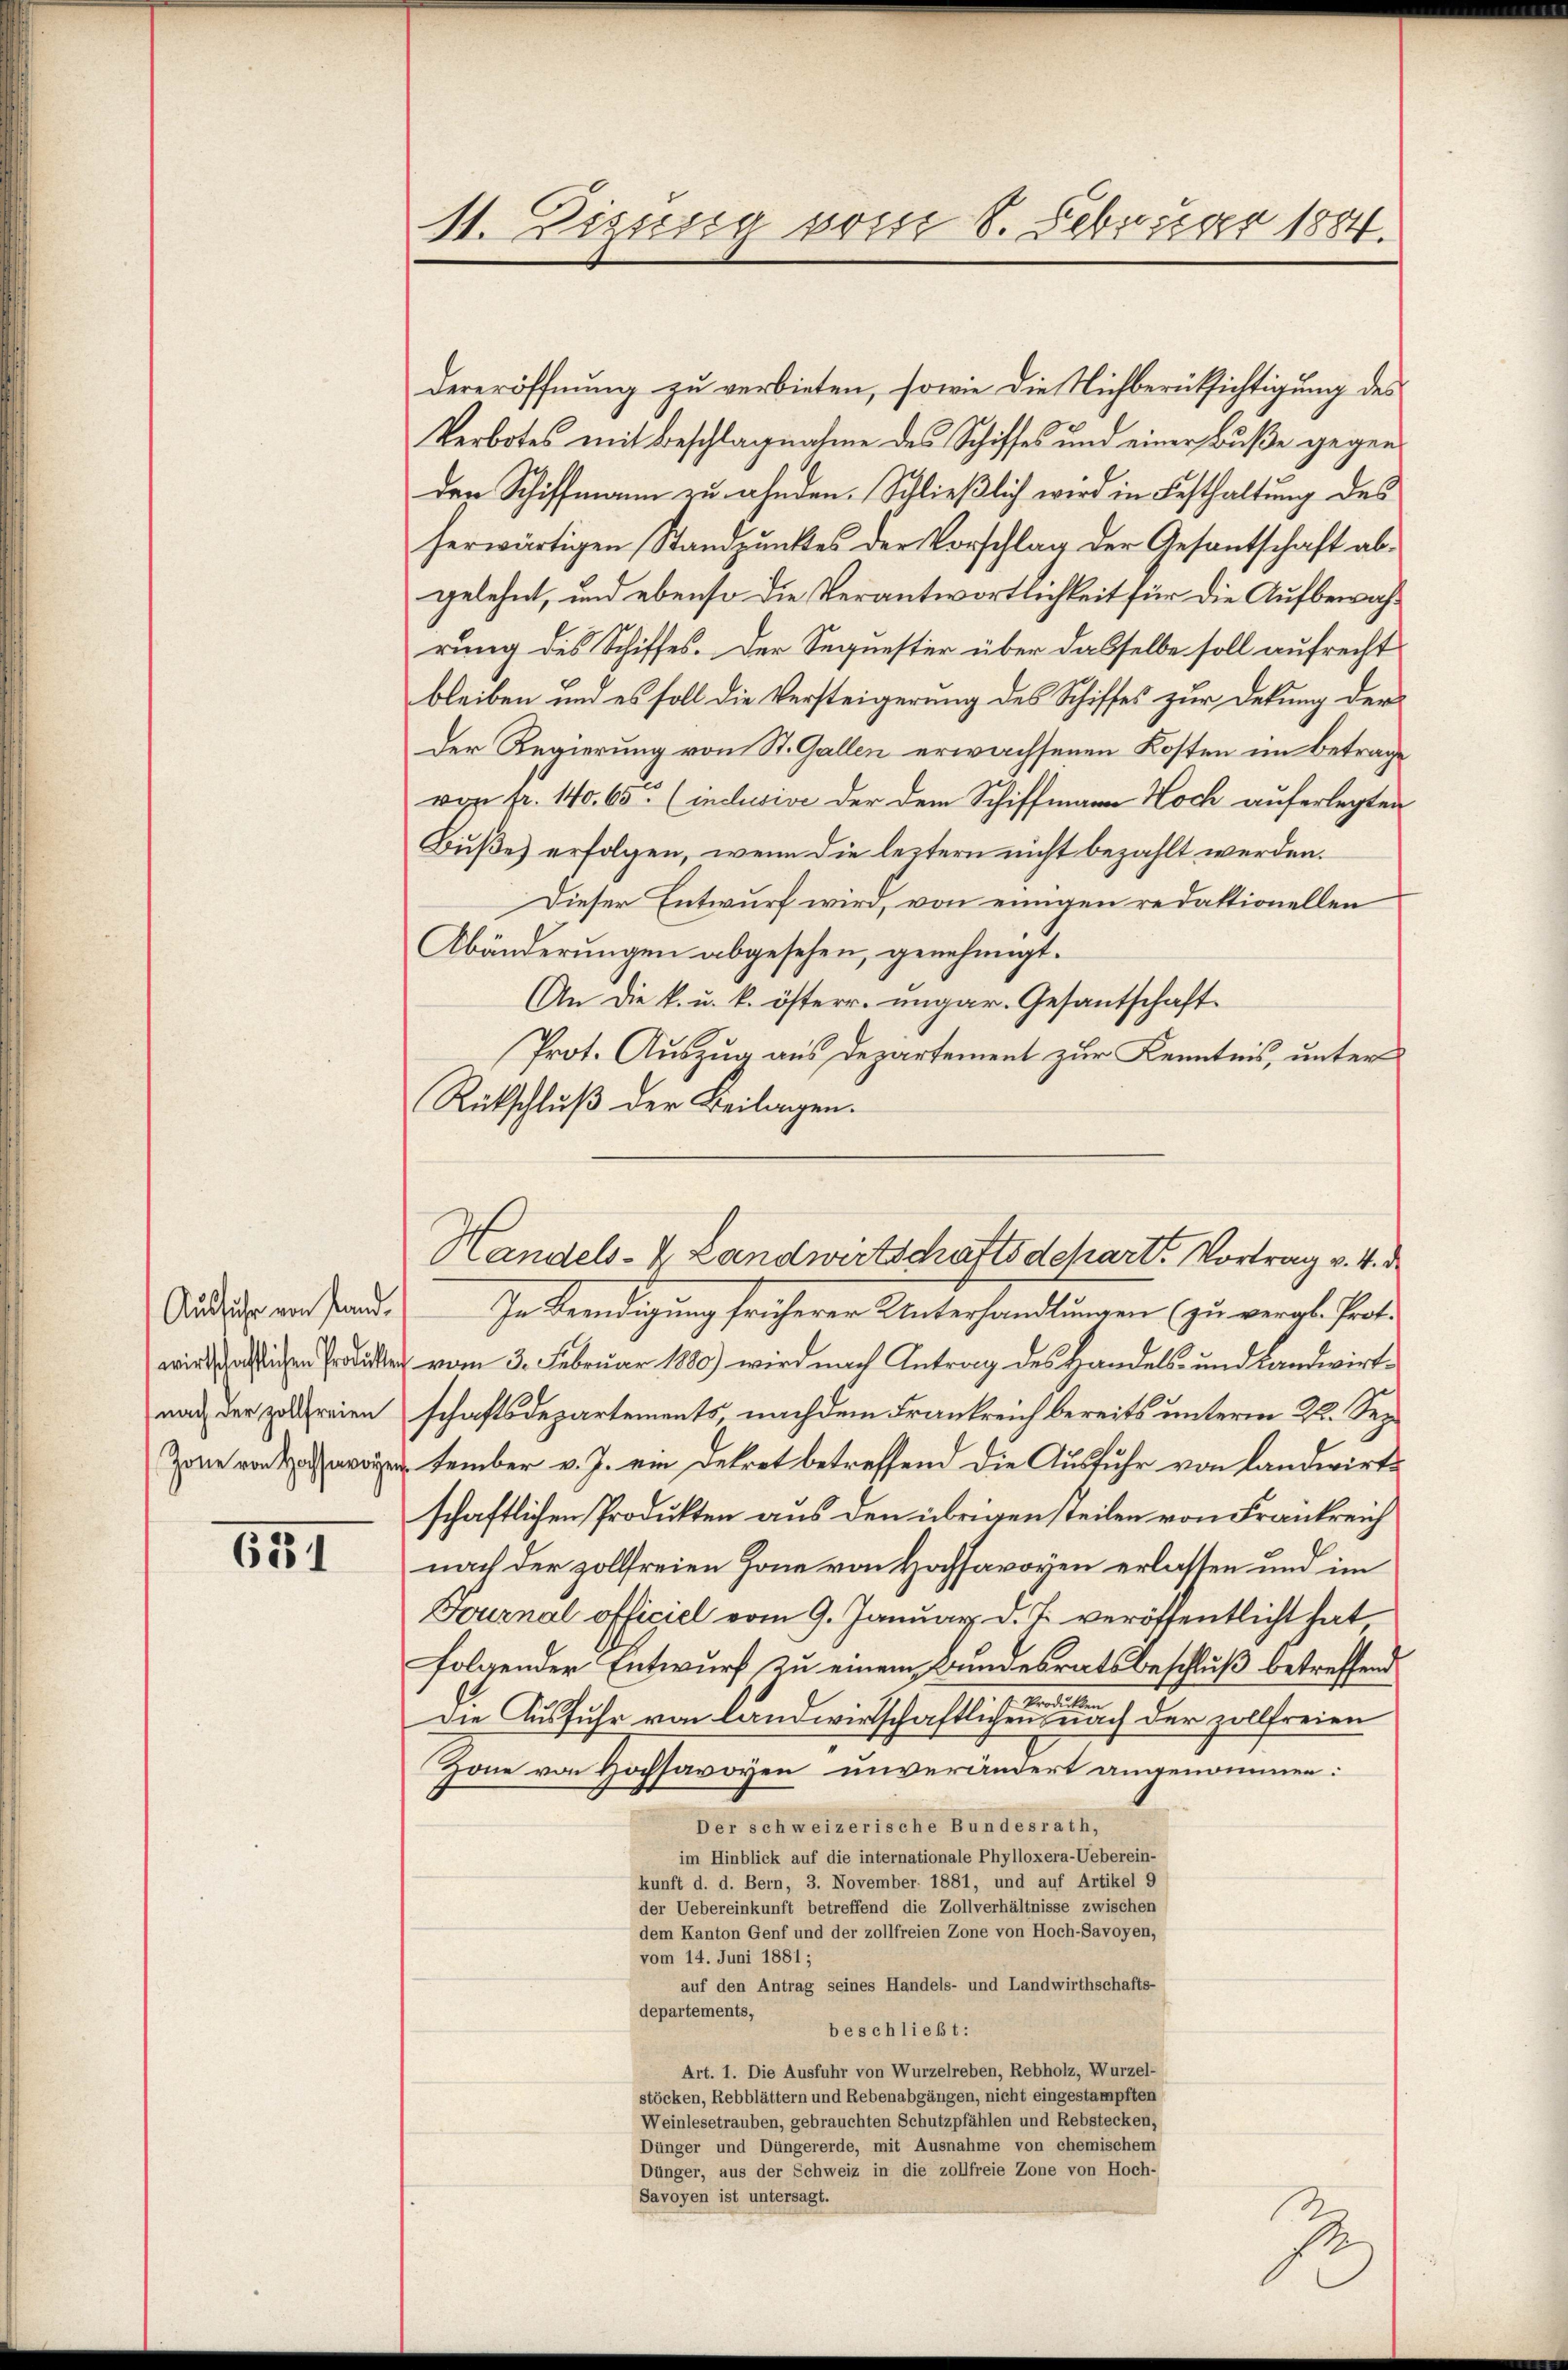
Ausführ von stand.
wirtschaftlichen Produkte
nach der Zollfreien
Zone von Hochsavoye

6281

11. Zizung vom 8. Februar 1884.

dereröffnung zu verbieten, sowie die Nichberüksichtigung des
Verbotes mit Beschlagnahme des Schiffes und einer Buße gegen
den Schiffmann zu ahnden. Schließlich wird in Festhaltung des
herwärtigen Standpunktes der Vorschlag der Gesantschaft abgelehnt, und ebenso die Verantwortlichkeit für die Aufbewahrung des Schiffes. Der Sequester über dasselbe soll aufrecht
bleiben und es soll die Versteigerung des Schiffes zur Dekung der
Der Regierung von St. Gallen erwachsenen Kosten im Betrage
von fr. 140. 65 (inclusive der dem Schiffmann Noch auferlegten
Buße erfolgen, wenn die leztern nicht bezahlt werden.
Dieser Entwurf wird, von einigen redaktionellen
Abänderungen abgesehen, genehmigt.
An die k. u. k. österr. ungar. Gesantschaft
Prot. Auszug aus Departement zur Kenntnis, unter
Rückschluß der Beilagen.
In Beendigung früherer Unterhandlungen (zu vergl. Prot.
vom 3. Februar 1880) wird nach Antrag des Handels- und Landwirtschaftsdepartements, nachdem Frankreich bereits unterm 22. Sep
tember v. J. ein Dekret betreffend die Ausfuhr von Landwirts
schaftlichen Produkten aus den übrigen steilen von Frankreich
nach der zollfreien Hone von Hochsavoyen erlassen und im
Fournal officiel vom 9. Januar d. J. veröffentlicht hat
folgender Entwurf zu einem Bundesratsbeschluß betreffend
venstalten
Die Ausfuhr von Landwirtschaftlichen nach der zollfreien
Zone von Hochsavoyen unverändert angenommen:
Der schweizerische Bundesrath,
im Hinblick auf die internationale Phylloxera-Ueberein-
kunft d. d. Bern, 3. November 1881, und auf Artikel 9
der Uebereinkunft betreffend die Zollverhältnisse zwischen
dem Kanton Genf und der zollfreien Zone von Hoch-Savoyen,
vom 14. Juni 1881;
auf den Antrag seines Handels- und Landwirthschafts-
departements,
beschließt:
Art. 1. Die Ausfuhr von Wurzelreben, Rebholz, Wurzel-
stöcken, Rebblättern und Rebenabgängen, nicht eingestampften
Weinlesetrauben, gebrauchten Schutzpfählen und Rebstecken,
Dünger und Düngererde, mit Ausnahme von chemischem
Dünger, aus der Schweiz in die zollfreie Zone von Hoch-
Savoyen ist untersagt.

Handels- & Landwirtschaftsdepart. Vortrag v. 4. d

2